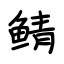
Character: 鲭